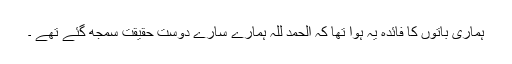
ہماری باتوں کا فائدہ یہ ہوا تھا کہ الحمد للہ ہمارے سارے دوست حقیقت سمجھ گئے تھے ۔